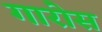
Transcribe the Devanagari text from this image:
गारोस